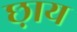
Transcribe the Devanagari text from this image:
छ़ाय